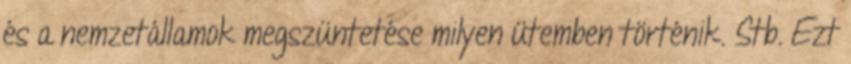
és a nemzetállamok megszüntetése milyen ütemben történik. Stb. Ezt